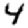
Digit: 4